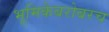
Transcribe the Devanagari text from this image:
भूमिकेबरोबरच